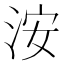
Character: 洝